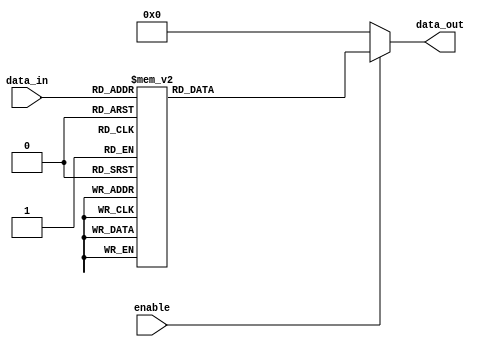
module demux_4_to_16 (
    input [3:0] data_in,
    input enable,
    output reg [15:0] data_out
);

always @(data_in, enable) begin
    if(enable) begin
        case(data_in)
            4'b0000: data_out = 16'b0000_0000_0000_0001;
            4'b0001: data_out = 16'b0000_0000_0000_0010;
            4'b0010: data_out = 16'b0000_0000_0000_0100;
            4'b0011: data_out = 16'b0000_0000_0000_1000;
            4'b0100: data_out = 16'b0000_0000_0001_0000;
            4'b0101: data_out = 16'b0000_0000_0010_0000;
            4'b0110: data_out = 16'b0000_0000_0100_0000;
            4'b0111: data_out = 16'b0000_0000_1000_0000;
            4'b1000: data_out = 16'b0000_0001_0000_0000;
            4'b1001: data_out = 16'b0000_0010_0000_0000;
            4'b1010: data_out = 16'b0000_0100_0000_0000;
            4'b1011: data_out = 16'b0000_1000_0000_0000;
            4'b1100: data_out = 16'b0001_0000_0000_0000;
            4'b1101: data_out = 16'b0010_0000_0000_0000;
            4'b1110: data_out = 16'b0100_0000_0000_0000;
            4'b1111: data_out = 16'b1000_0000_0000_0000;
            default: data_out = 16'b0000_0000_0000_0000;
        endcase
    end else begin
        data_out = 16'b0000_0000_0000_0000;
    end
end

endmodule